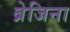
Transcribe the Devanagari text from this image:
ब्रेजिना